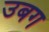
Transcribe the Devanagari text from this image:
उबग